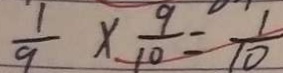
\frac { 1 } { 9 } \times \frac { 9 } { 1 0 } = \frac { 1 } { 1 0 }